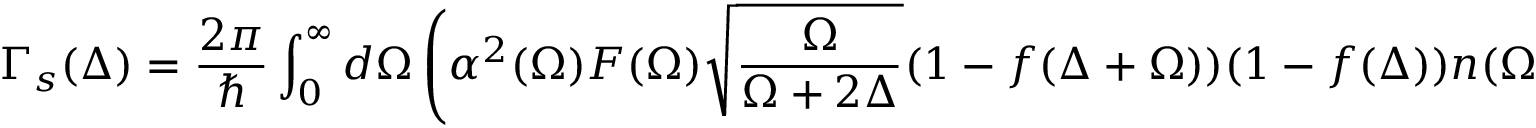
\Gamma _ { s } ( \Delta ) = \frac { 2 \pi } { \hbar } \int _ { 0 } ^ { \infty } d \Omega \left( \alpha ^ { 2 } ( \Omega ) F ( \Omega ) \sqrt { \frac { \Omega } { \Omega + 2 \Delta } } ( 1 - f ( \Delta + \Omega ) ) ( 1 - f ( \Delta ) ) n ( \Omega ) \right) ,